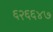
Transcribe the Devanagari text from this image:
६२६६४७